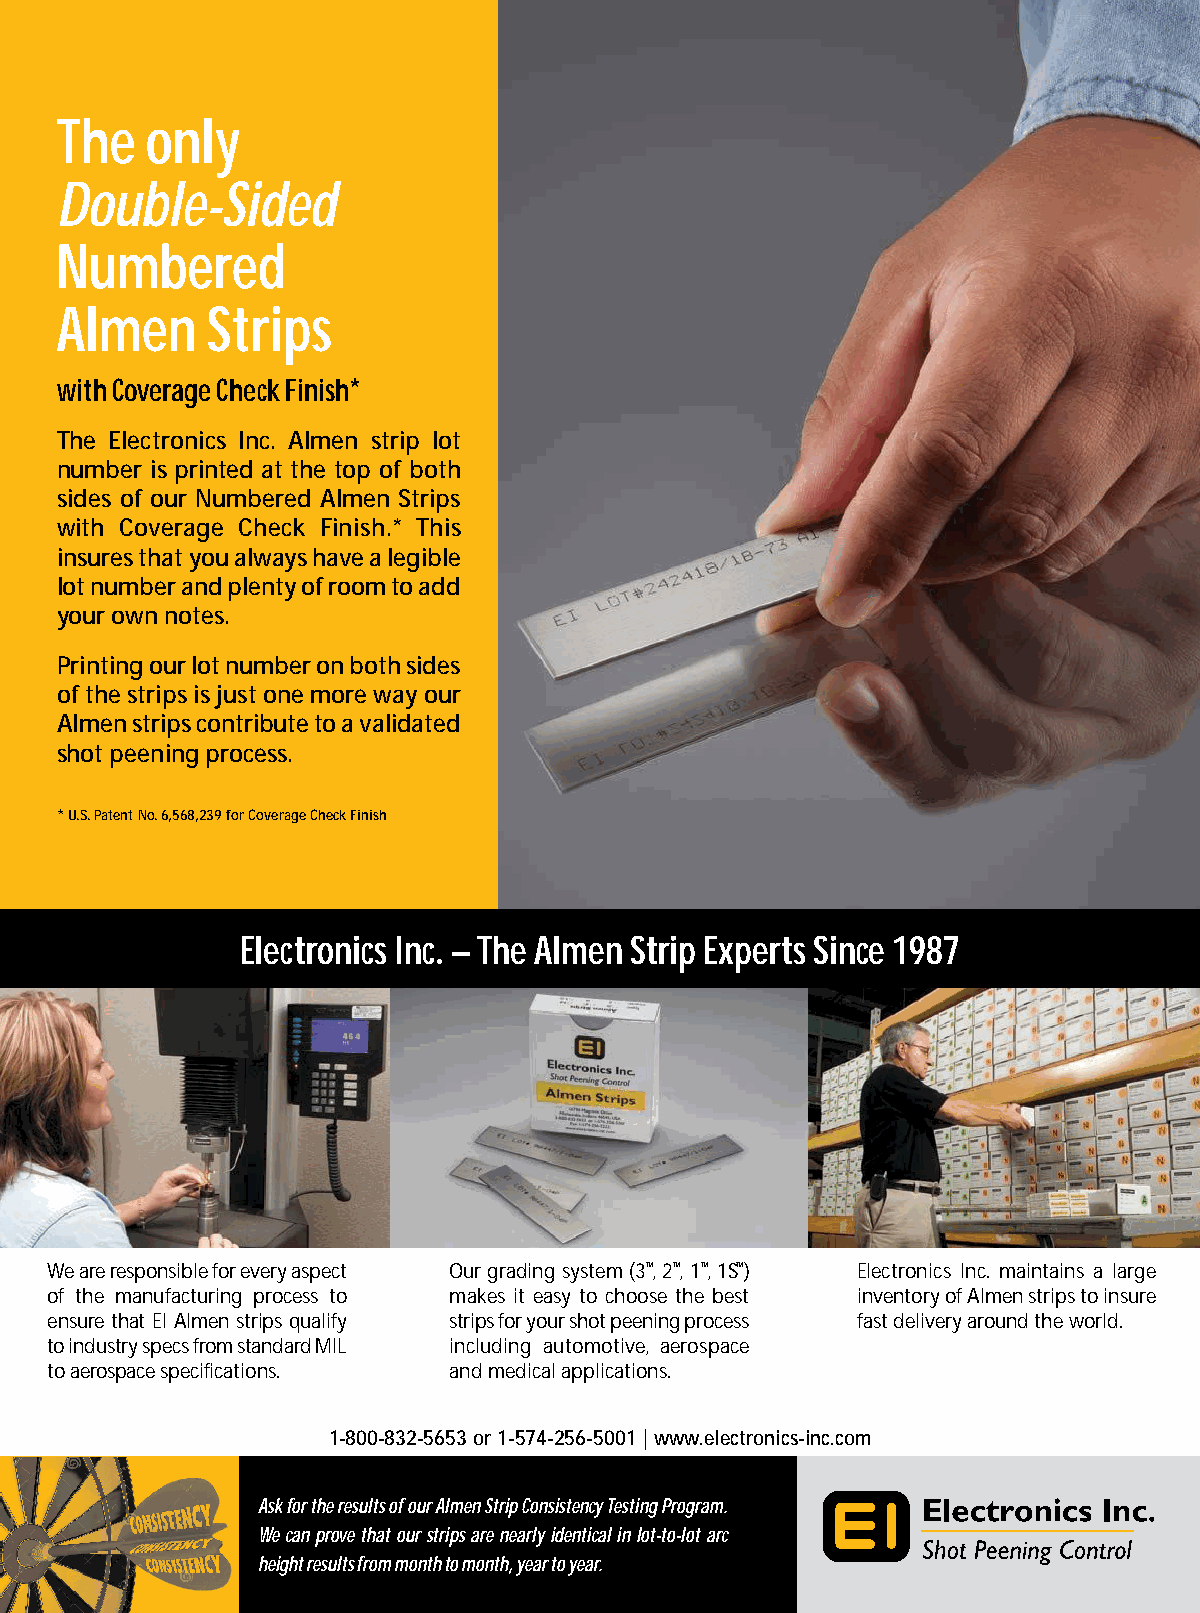
The   only
 Double-Sided
 Numbered
 Almen     Strips
 with Coverage Check Finish*
 The Electronics Inc. Almen strip lot
 number is printed at the top of both
 sides of our Numbered Almen Strips
 with Coverage Check Finish.* This
 insures that you always have a legible
 lot number and plenty of room to add
 your own notes.
 Printing our lot number on both sides
 of the strips is just one more way our
 Almen strips contribute to a validated
 shot peening process.
 * U.S. Patent No. 6,568,239 for Coverage Check Finish
 Electronics Inc. – The Almen Strip Experts Since 1987
 We are responsible for every aspect Our grading system (3™, 2™, 1™, 1S™) Electronics Inc. maintains a large
 of the manufacturing process to makes it easy to choose the best inventory of Almen strips to insure
 ensure that EI Almen strips qualify strips for your shot peening process fast delivery around the world.
 to industry specs from standard MIL including automotive, aerospace
 to aerospace specifications. and medical applications.
 1-800-832-5653 or 1-574-256-5001 | www.electronics-inc.com
 Ask for the results of our Almen Strip Consistency Testing Program.
 We can prove that our strips are nearly identical in lot-to-lot arc
 43
 height results from month to month, year to year. Winter 2022 | The Shot Peener